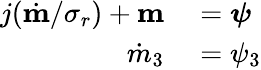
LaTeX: \begin{array}{rl}{j(\dot{\textbf{m}}/\sigma_{r})+\textbf{m}}&{{}=\boldsymbol\psi}\\ {\dot{m}_{3}}&{{}=\psi_{3}}\end{array}